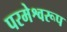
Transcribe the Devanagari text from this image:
परमेश्वरूप